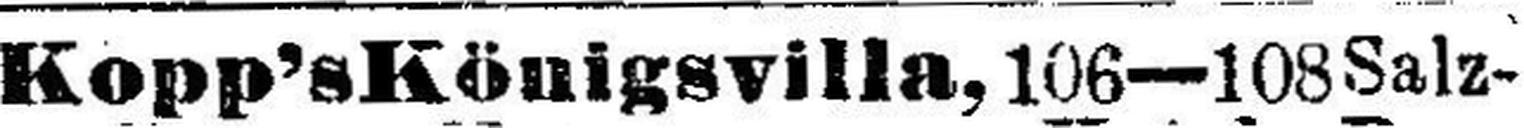
Kopp’s Königsvilla, 106—108 Salz¬